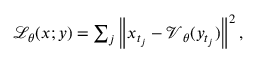
\begin{array} { r } { \mathcal { L } _ { \boldsymbol { \theta } } ( \boldsymbol { x } ; \boldsymbol { y } ) = \sum _ { j } \left\lVert \boldsymbol { x } _ { t _ { j } } - \boldsymbol { \mathcal { V } } _ { \boldsymbol { \theta } } ( \boldsymbol { y } _ { t _ { j } } ) \right\rVert ^ { 2 } , } \end{array}